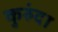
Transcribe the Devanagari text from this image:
कुरुंदा